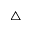
\scriptstyle \bigtriangleup